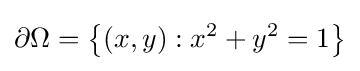
\partial \Omega =\left\{(x,y):x^{2}+y^{2}=1\right\}